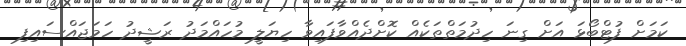
ކަމަށް ފުޓްބޯޅަ އަށް ގިނަ ހިދުމަތްތަކެއް ކޮށްދެއްވާފައިވާ ހިޔަލީ މުހައްމަދު ރަޝީދު ހަމަޖައްސައިފި